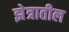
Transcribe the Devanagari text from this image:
झेत्रातील